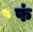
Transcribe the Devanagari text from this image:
फं